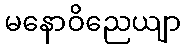
မနောဝိညေယျာ